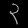
Digit: ၃